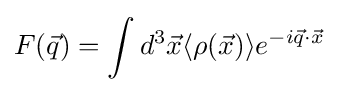
F({\vec {q}})=\int d^{3}{\vec {x}}\langle \rho ({\vec {x}})\rangle e^{-i{\vec {q}}\cdot {\vec {x}}}